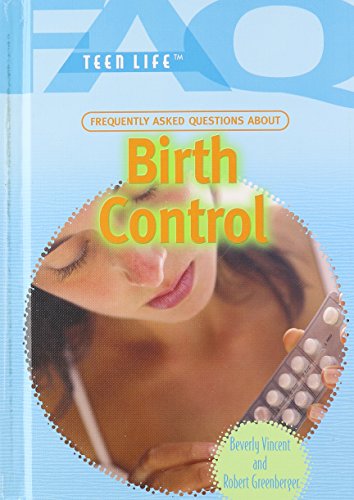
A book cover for Frequently Asked Questions About Birth Control (Faq: Teen Life); Beverly Vincent; Teen & Young Adult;